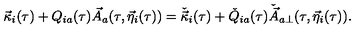
\vec { \kappa } _ { i } ( \tau ) + Q _ { i a } ( \tau ) \vec { A } _ { a } ( \tau , \vec { \eta } _ { i } ( \tau ) ) = \check { \vec { \kappa } } _ { i } ( \tau ) + \check { Q } _ { i a } ( \tau ) \check { \vec { A } } _ { a \perp } ( \tau , \vec { \eta } _ { i } ( \tau ) ) .